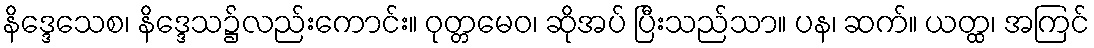
နိဒ္ဒေသေစ၊ နိဒ္ဒေသ၌လည်းကောင်း။ ဝုတ္တမေဝ၊ ဆိုအပ် ပြီးသည်သာ။ ပန၊ ဆက်။ ယတ္ထ၊ အကြင်